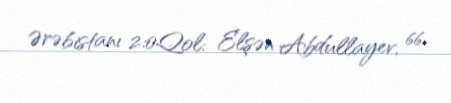
Ərəbistanı 2:0Qol: Elşən Abdullayev, 66.